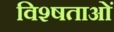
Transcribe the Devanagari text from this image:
विश्षताओं